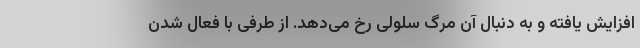
افزایش یافته و به دنبال آن مرگ سلولی رخ می‌دهد. از طرفی با فعال شدن